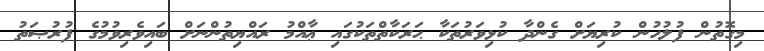
މިގޮތުން ފުލުހުން ކުރިޔަށް ގެންދާ ކުޅިވަރުތަކާ ޙަރަކާތްތަކުގައި ޢާއްމު ރައްޔިތުންނަށް ބައިވެރިވުމުގެ ފުރުޞަތު